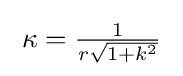
\;\kappa ={\tfrac {1}{r{\sqrt {1+k^{2}}}}}\;